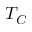
T _ { C }